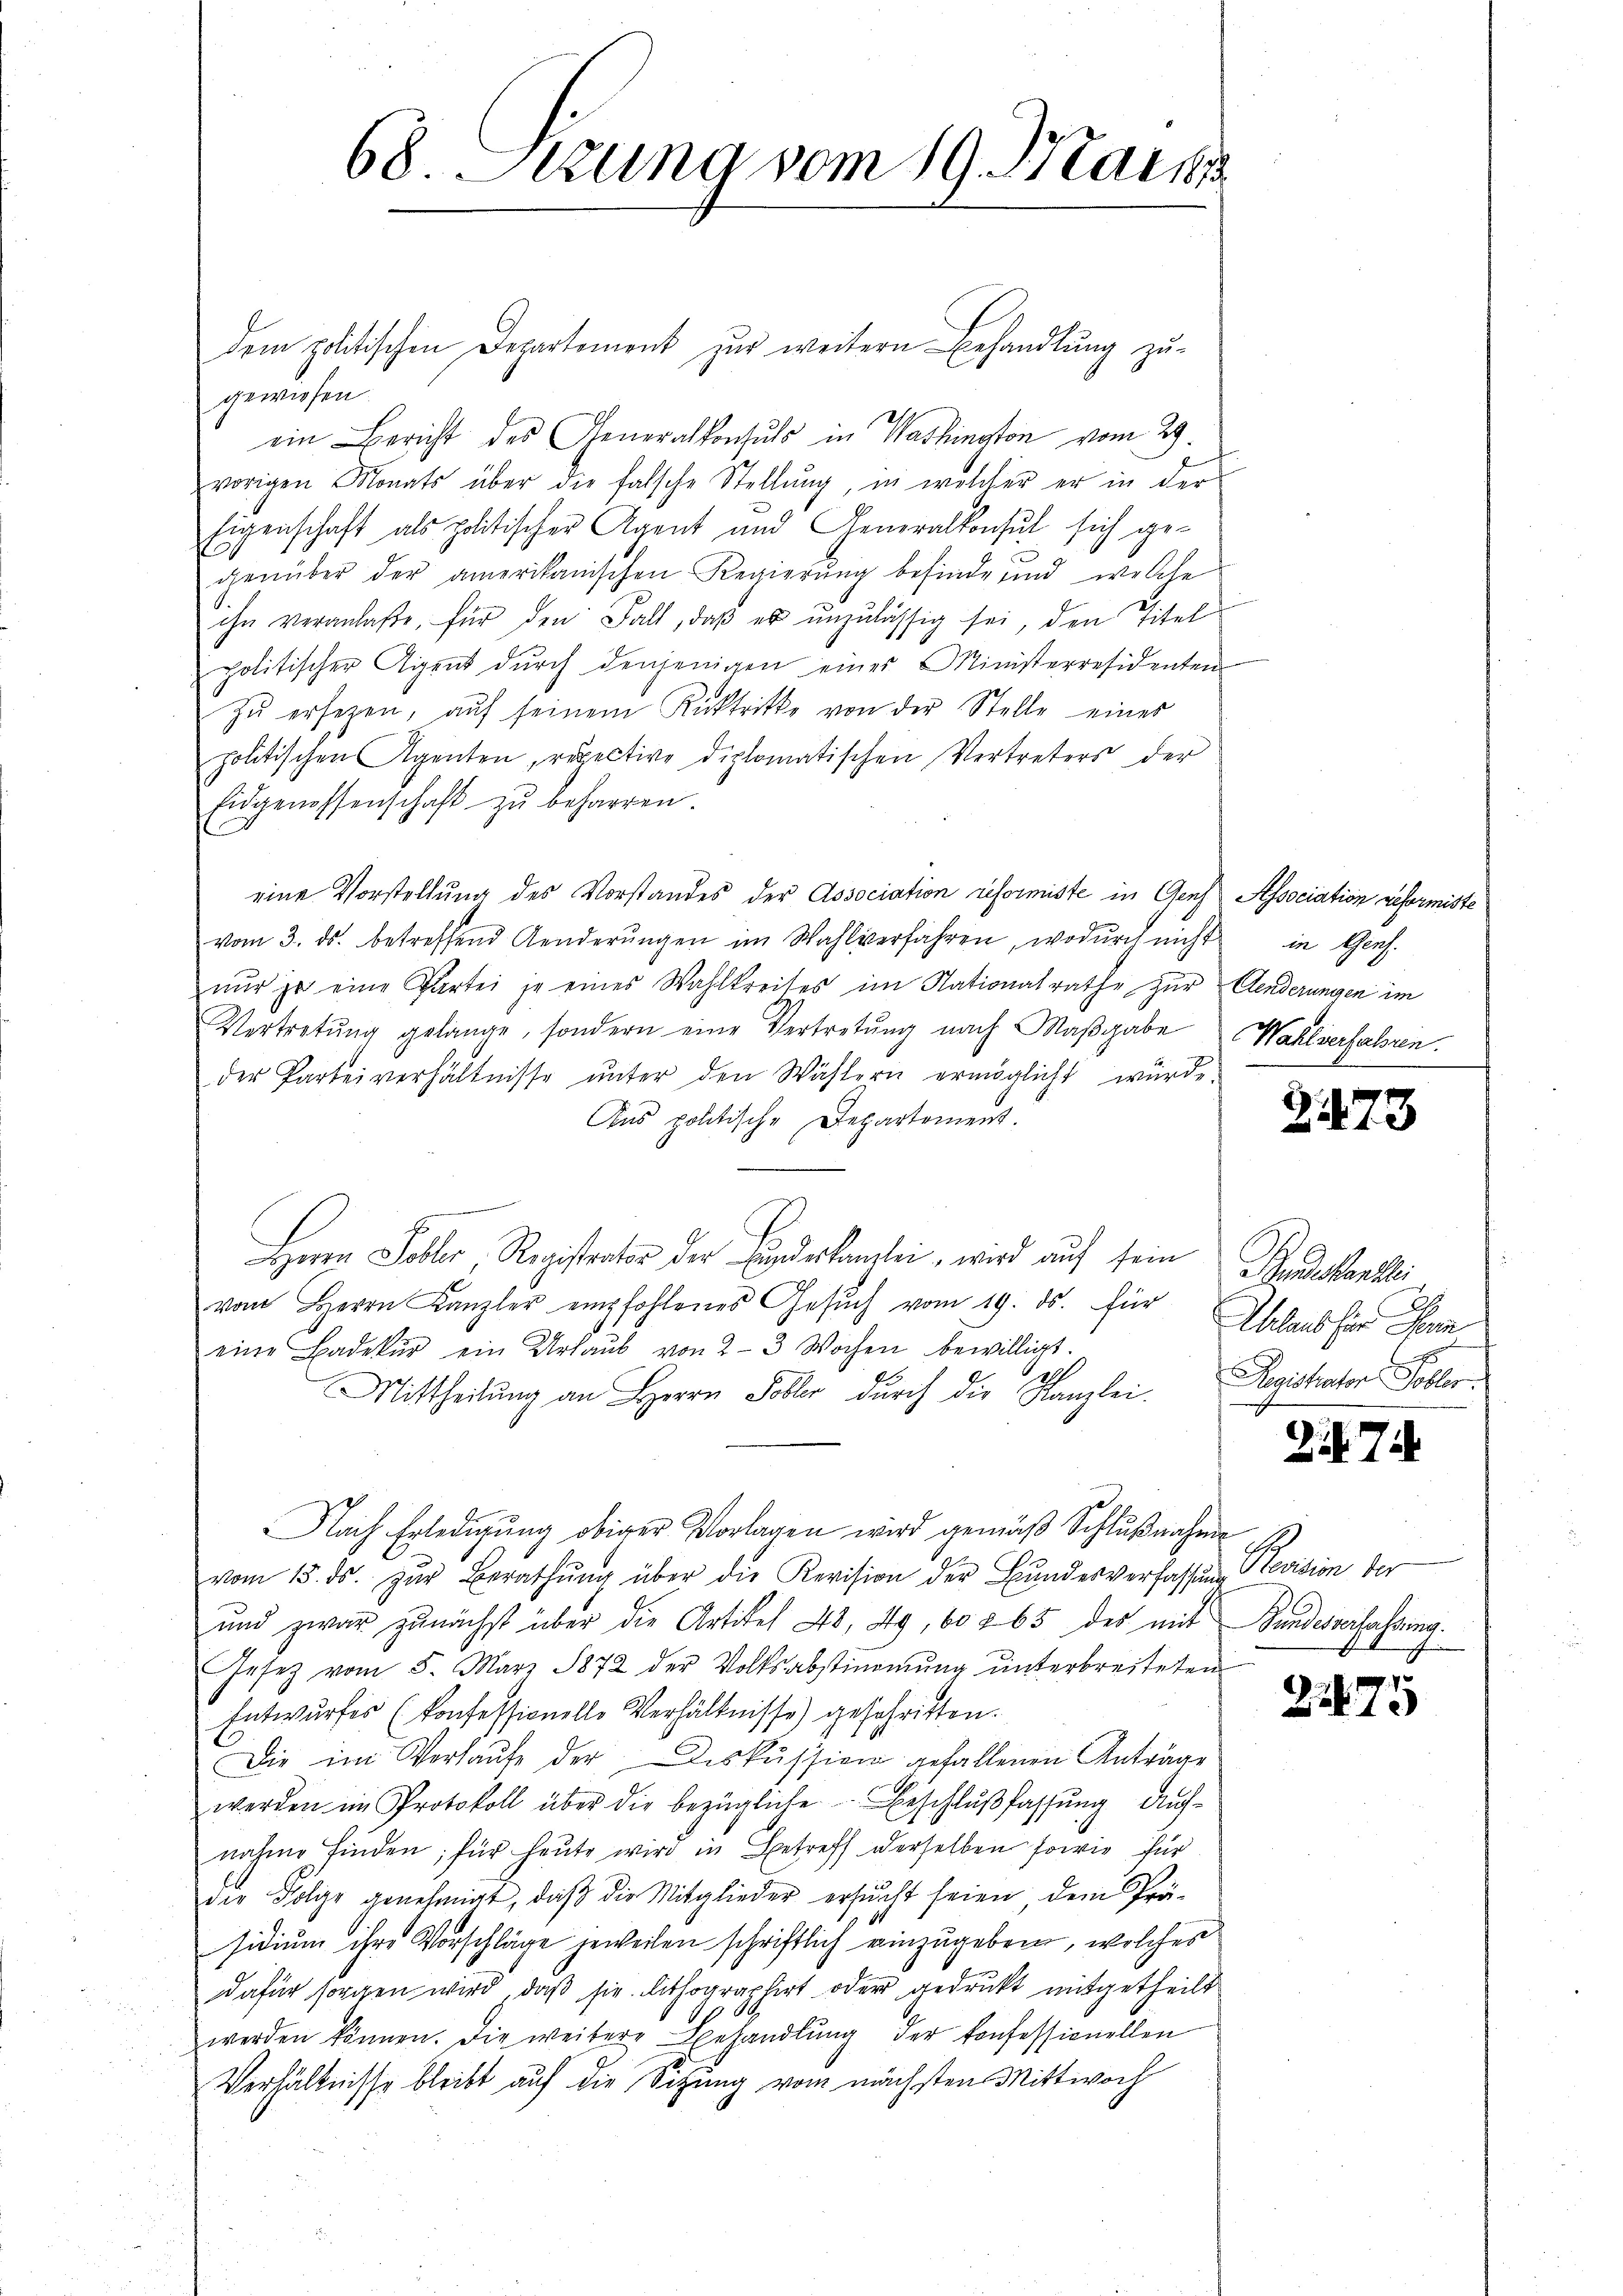
68. Sitzung vom 19. Mai

dem politischen Departement zur weitern Behandlung zu-
gewiesen.
ein Bericht des Generalkonsuls in Washington vom 29.
vorigen Monats über die falsche Stellŭng, in welcher er in der
Eigenschaft als politischer Agent und Generalkonsul sich gegenüber der amerikanischen Regierung befinde und welche
ihn veranlaße, für den Fall, daß es unzulässig sei, den Titel
politischer Agent dŭrch denjenigen einer Ministerresidenten
zŭ ersezen, aŭf seinem Rücktritte von der Stelle eines
politischen Agenten, respective diplomatischen Vertreters der
Eidgenossenschaft zŭ beharren.
eine Vorstellung des Vorstandes der Association reformiste in Genf Association geformiste
vom 3. ds. betreffend Aenderŭngen im Wahlverfahren, wodŭrch nicht in Genf.
nŭr ja eine Partei je eines Wahlkreises im Nationalrathe zur Aenderungen im
Vertretŭng gelange, sondern eine Vertretŭng nach Maβgabe Wahlverfahren.
der Parteiverhältnisse ŭnter den Wählern ermöglicht würde.
Ans politische Departement.
Herrn Soller, Registentor der Eindeskanzlei, wird auf sein Bundeskanzlei
vom Herrn Kanzler empfohlenes Gesŭch vom 19. ds. für
eine Badekŭr ein Urlaŭb von 2-3 Wochen bewilligt.
Mittheilung an Herrn Soller durch die Kanzlei. Registrator Kobler
Nach Erledigung obiger Vorlagen wird gemäß Schlußnahme
vom 15. ds. zŭr Berathŭng über die Revision der Bundesverfassung Revision der
ŭnd zwar zunächst über die Artikel 48, 49, 60 § 65 des mit Bundesverfahrung.
Gesetz vom 5. März 1872 der Volksabstimmung unterbreiteten
Entwurfes (konfessionelle Verhältnisse) geschritten.
Die im Verlaŭfe der Diskussion gefallenen Anträge
werden im Protokoll über die bezügliche Beschlußfassung durchnahme finden; für heute wird in Betreff derselben sowie für
die Folge genehmigt, daß die Mitglieder ersucht seien dem Präsidium ihre Vorschläge jeweilen schriftlich einzugeben, welches
dafür sorgen wird, daß sie lithographirt oder gedruckt mitgetheilt
.
werden können. Die weitere Behandlung der konfessionellen
Verhältnisse bleibt auf die Sitzung vom nächsten Mittwoch

2473

Uhland für Son

27

275